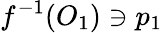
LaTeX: f^{-1}(O_{1})\ni p_{1}